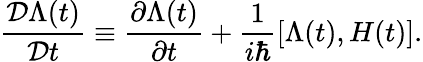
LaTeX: \frac{{\cal D}\Lambda(t)}{{\cal D}t}\equiv\frac{\partial\Lambda(t)}{\partial t}+\frac{1}{i\hbar}[\Lambda(t),H(t)].